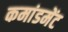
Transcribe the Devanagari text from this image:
कमांडमेंट